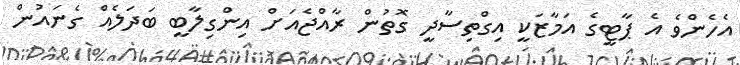
އެހެންވެ އެ ޕާޓީގެ އަމާޒަކީ އިގްތިސާދީ ގޮތުން ރާއްޖެއަށް އިންގިލާބީ ބަދަލެއް ގެނައުން